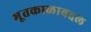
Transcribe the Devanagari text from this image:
भूतकाळाबद्दल